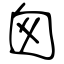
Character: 囪